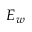
E _ { w }